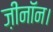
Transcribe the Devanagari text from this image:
ज़ीनॉन।